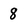
Character: 8